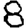
Digit: 8